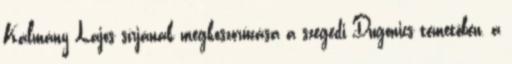
Kálmány Lajos sírjának megkoszorúzása a szegedi Dugonics temetõben, a